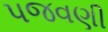
પજવણી